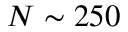
N \sim 2 5 0